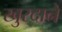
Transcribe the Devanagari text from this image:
खुरदाने